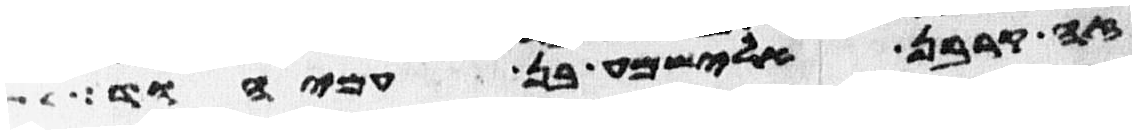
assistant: זה קרבן אלישמע בן עמיהוד